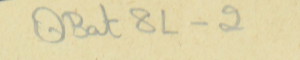
QBat8L-2